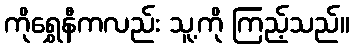
ကိုရွှေနီကလည်း သူ့ကို ကြည့်သည်။